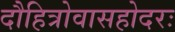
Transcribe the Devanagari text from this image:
दौहित्रोवासहोदरः